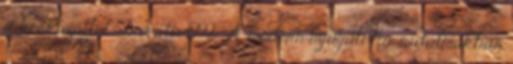
a kockázattól Trovato, 1992 . A modern nyugati társadalmakban